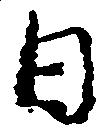
日